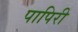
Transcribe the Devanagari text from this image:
पापिरी